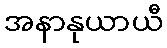
အနာနုယာယီ